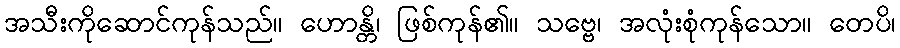
အသီးကိုဆောင်ကုန်သည်။ ဟောန္တိ၊ ဖြစ်ကုန်၏။ သဗ္ဗေ၊ အလုံးစုံကုန်သော။ တေပိ၊